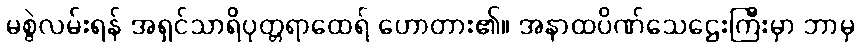
မစွဲလမ်းရန် အရှင်သာရိပုတ္တရာထေရ် ဟောတား၏။ အနာထပိဏ်သေဌေးကြီးမှာ ဘာမှ